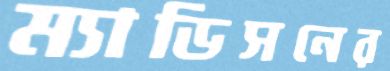
ম্যাডিসনের